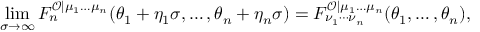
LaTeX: \operatorname * { l i m } _ { \sigma \rightarrow \infty } F _ { n } ^ { \mathcal { O } | \mu _ { 1 } \ldots \mu _ { n } } ( \theta _ { 1 } + \eta _ { 1 } \sigma , \ldots , \theta _ { n } + \eta _ { n } \sigma ) = F _ { \nu _ { 1 } \cdots \nu _ { n } } ^ { \mathcal { O } | \mu _ { 1 } \ldots \mu _ { n } } ( \theta _ { 1 } , \ldots , \theta _ { n } ) ,